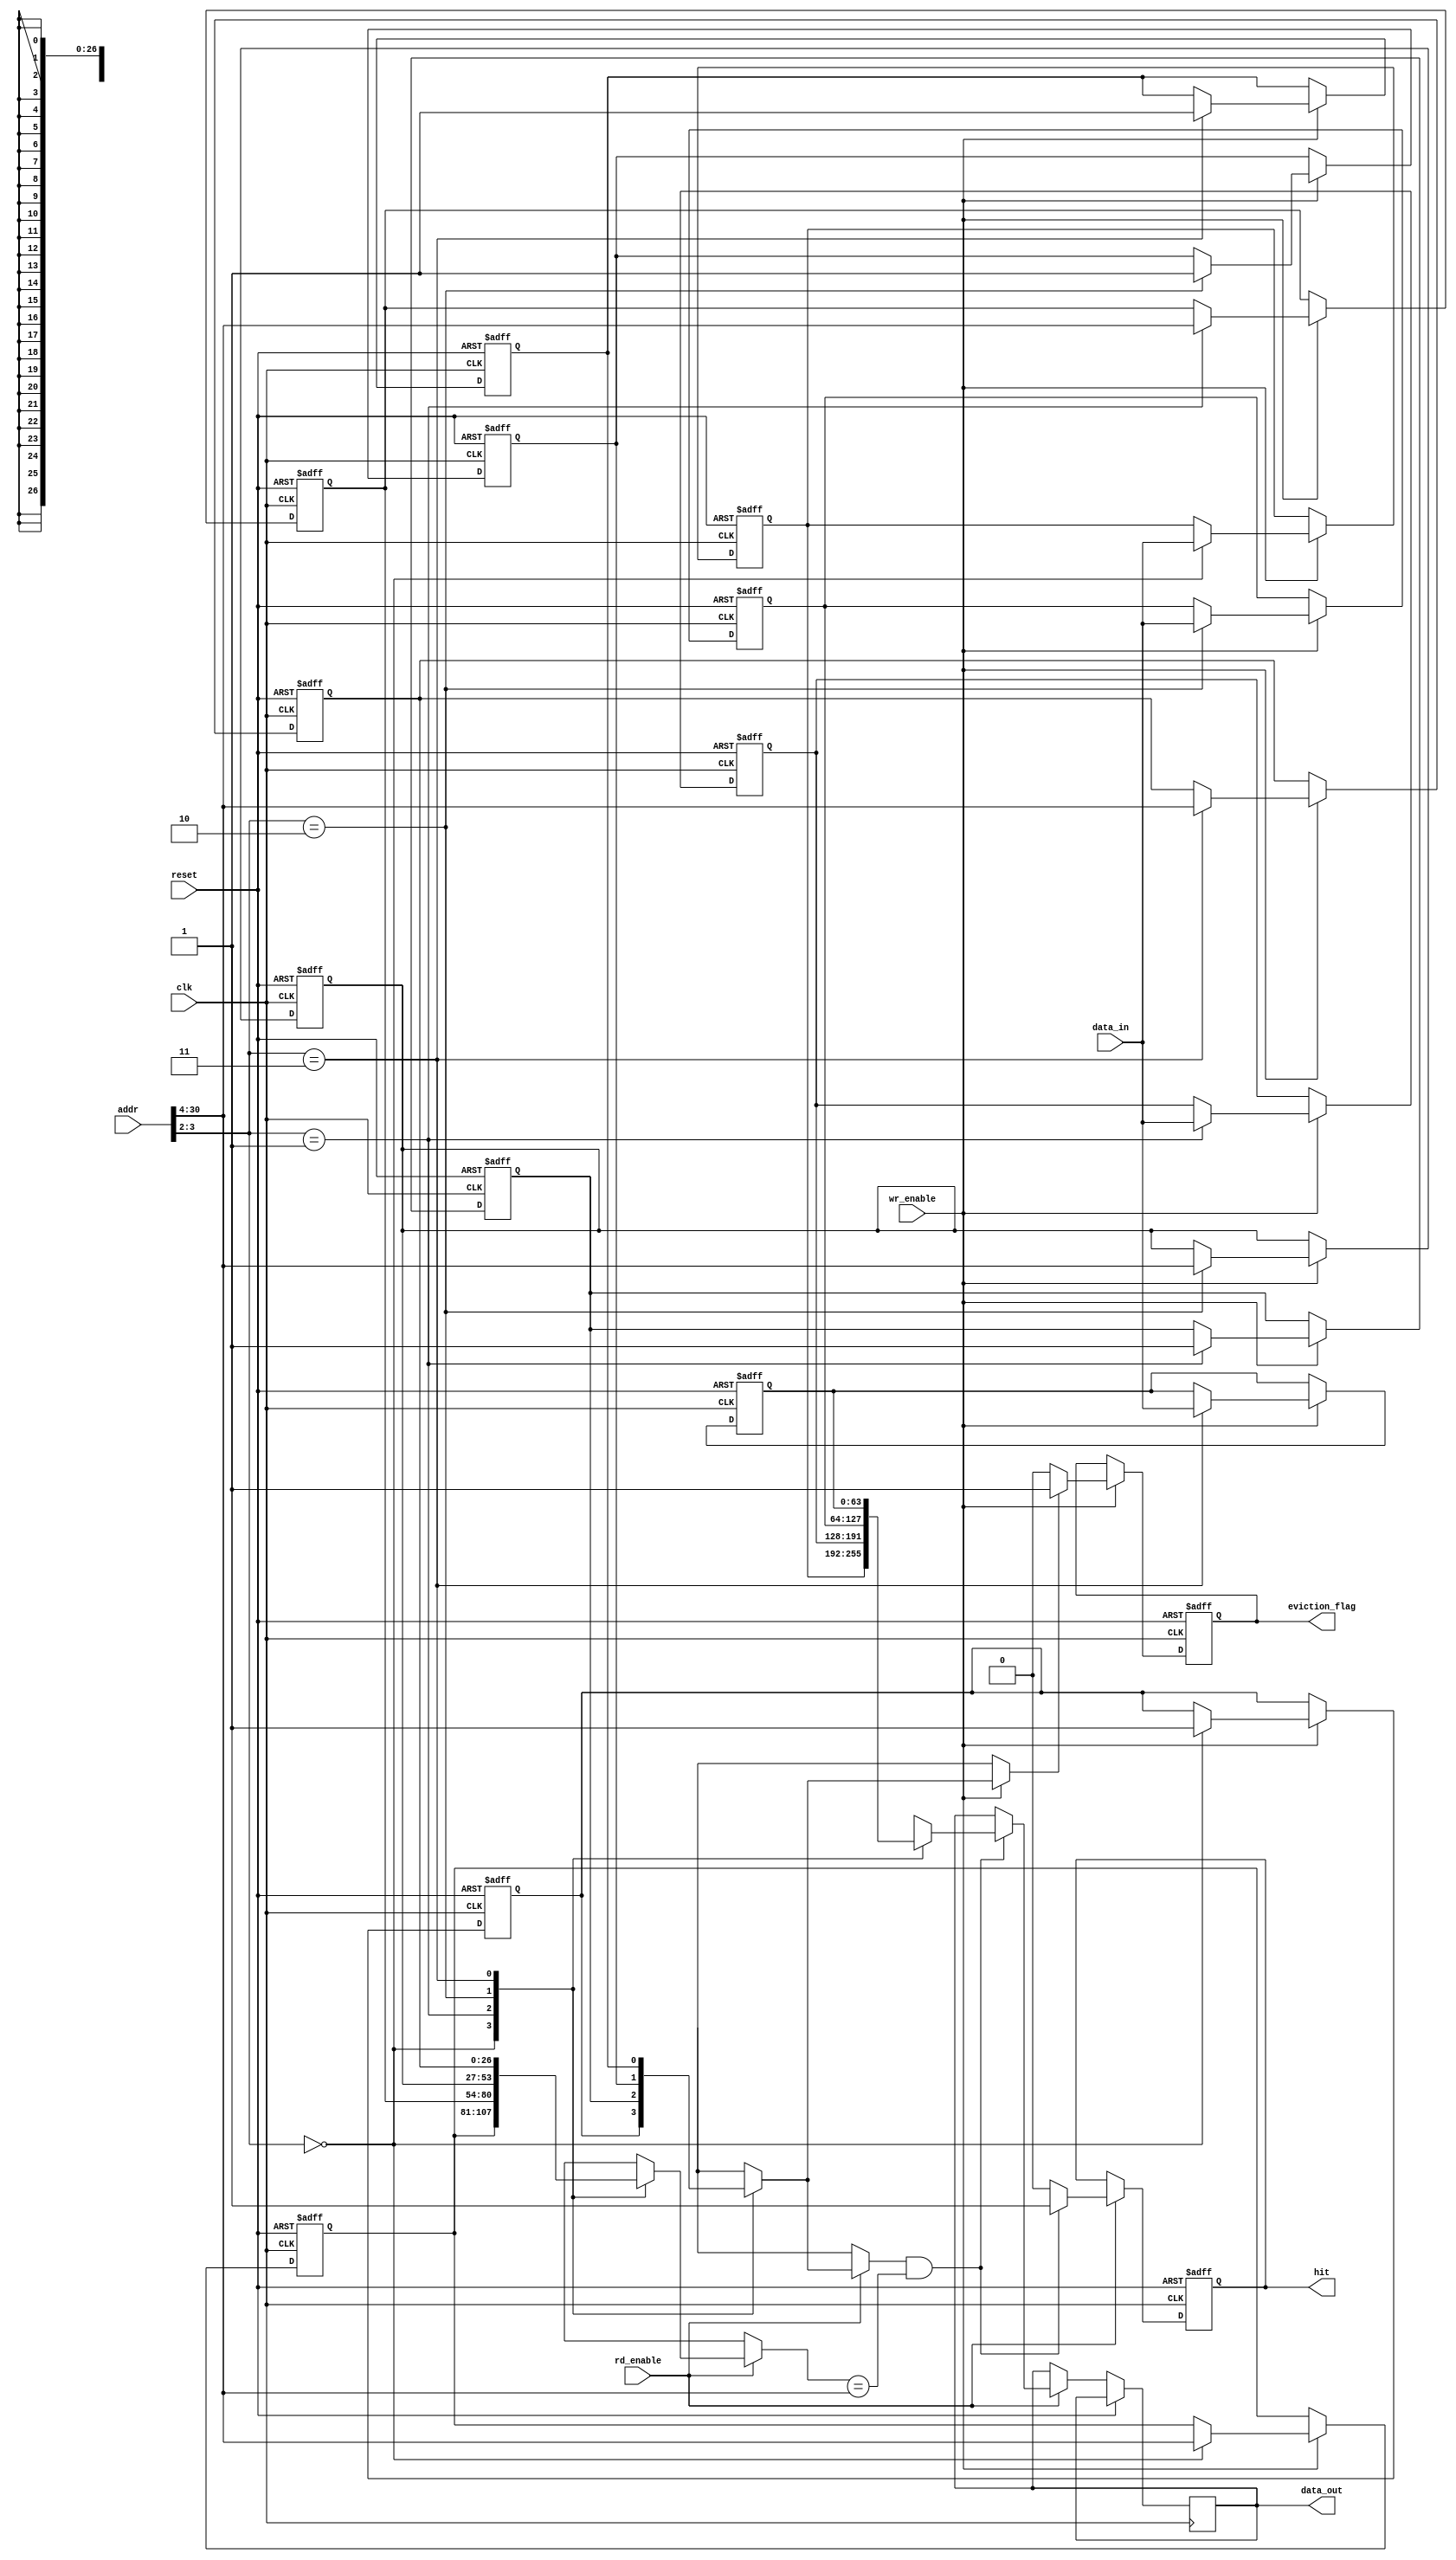
module VictimCache #(
    parameter ADDR_WIDTH = 32,     // Width of memory address
    parameter DATA_WIDTH = 64,     // Width of data (cache line)
    parameter TAG_WIDTH = ADDR_WIDTH - 5, // Adjust based on block size & indexing
    parameter NUM_LINES = 4         // Number of cache lines in the victim cache
) (
    input wire clk,
    input wire reset,
    
    // Control Signals
    input wire wr_enable,           // Write enable for insertion
    input wire rd_enable,           // Read enable for lookup
    input wire [ADDR_WIDTH-1:0] addr, // Address for the operation
    input wire [DATA_WIDTH-1:0] data_in, // Data to insert into the cache
    
    // Outputs
    output reg [DATA_WIDTH-1:0] data_out, // Data retrieved on a hit
    output reg hit,               // Hit/ Miss indicator
    output reg eviction_flag      // Eviction indicator
);

    // Cache Line Structure
    reg [TAG_WIDTH-1:0] tags[NUM_LINES-1:0];
    reg [DATA_WIDTH-1:0] data[NUM_LINES-1:0];
    reg valid[NUM_LINES-1:0];
    reg dirty[NUM_LINES-1:0];

    // Hit detection and index retrieval
    wire [1:0] index = addr[3:2]; // Assuming 4 lines for a direct-mapped cache
    wire [TAG_WIDTH-1:0] tag = addr[ADDR_WIDTH-1:4]; // Adjust based on desired block size

    // Initial states
    integer i;
    always @(posedge clk or posedge reset) begin
        if (reset) begin
            for (i = 0; i < NUM_LINES; i = i + 1) begin
                valid[i] <= 1'b0;
                dirty[i] <= 1'b0;
                tags[i] <= {TAG_WIDTH{1'b0}};
                data[i] <= {DATA_WIDTH{1'b0}};
            end
            hit <= 1'b0;
            eviction_flag <= 1'b0;
        end else begin
            // Perform read operation
            if (rd_enable) begin
                if (valid[index] && (tags[index] == tag)) begin
                    // Hit
                    hit <= 1'b1;
                    data_out <= data[index];
                end else begin
                    // Miss
                    hit <= 1'b0;
                end
            end
            
            // Perform write operation (Insertion)
            if (wr_enable) begin
                // Eviction logic
                if (valid[index]) begin
                    // Evict the current line
                    eviction_flag <= 1'b1;
                    // Optionally handle dirty line (write-back to memory if needed)
                    if (dirty[index]) begin
                        // Code to write back to main memory can be included here
                    end
                end else begin
                    eviction_flag <= 1'b0; // No eviction
                end
                
                // Insert the new line
                valid[index] <= 1'b1;
                tags[index] <= tag;
                data[index] <= data_in; // Insert new data
                dirty[index] <= 1'b1; // Mark as dirty (can be set based on actual write)
            end
        end
    end
endmodule